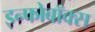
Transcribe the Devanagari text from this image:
इन्फोबॉक्स